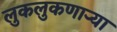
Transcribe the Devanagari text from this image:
लुकलुकणार्‍या